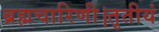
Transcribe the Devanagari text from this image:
ब्रह्मचारिणी।तृतीयं